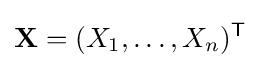
\mathbf {X} =(X_{1},\dots ,X_{n})^{\mathsf {T}}